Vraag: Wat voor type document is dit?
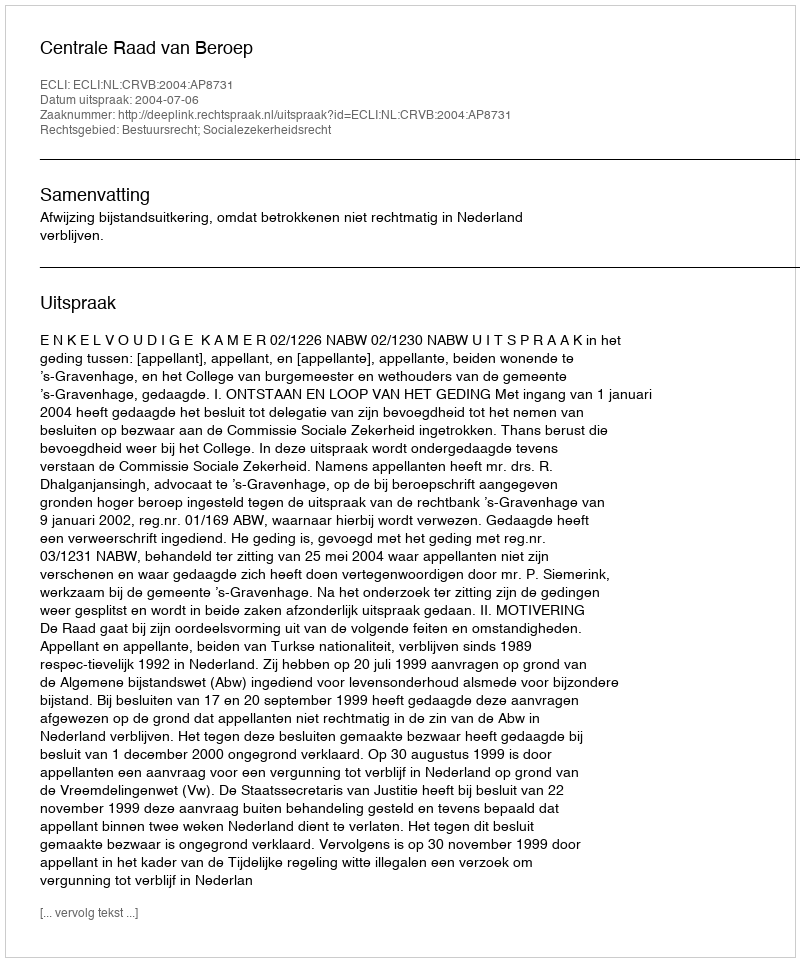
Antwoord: Uitspraak